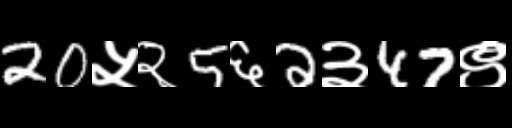
Text: 20५२5६2३47९